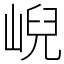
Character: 𡸣